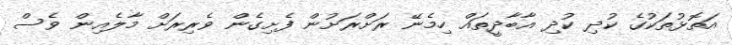
އަތޮޅުތަކުގެ ކުދި ކުދި އާބާދީތައް ހިމެނޭ ރަށްރަށުން ފެށިގެން ވެރިރަށް މާލެއިން ވެސް